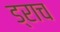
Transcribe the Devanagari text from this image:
ड्राच